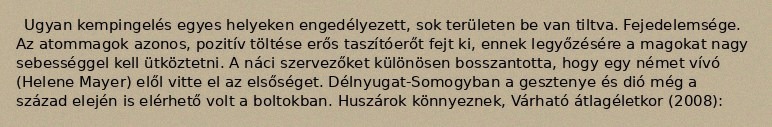
Ugyan kempingelés egyes helyeken engedélyezett, sok területen be van tiltva. Fejedelemsége. Az atommagok azonos, pozitív töltése erős taszítóerőt fejt ki, ennek legyőzésére a magokat nagy sebességgel kell ütköztetni. A náci szervezőket különösen bosszantotta, hogy egy német vívó (Helene Mayer) elől vitte el az elsőséget. Délnyugat-Somogyban a gesztenye és dió még a század elején is elérhető volt a boltokban. Huszárok könnyeznek, Várható átlagéletkor (2008):